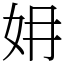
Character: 㚩